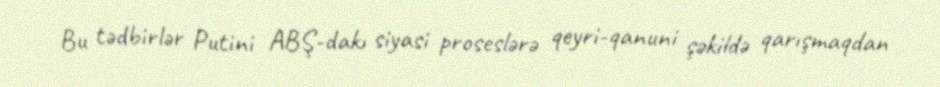
Bu tədbirlər Putini ABŞ-dakı siyasi proseslərə qeyri-qanuni şəkildə qarışmaqdan